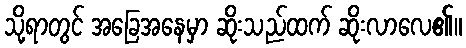
သို့ရာတွင် အခြေအနေမှာ ဆိုးသည်ထက် ဆိုးလာလေ၏။